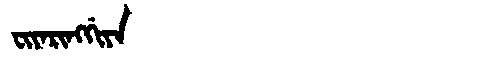
Manchu: ᠸᡳᠶᠠᡵᡳᠩᡤᡳᠶᠠ
Romanization: FIYARINGGIYA